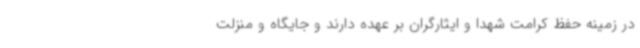
در زمینه حفظ کرامت شهدا و ایثارگران بر عهده دارند و جایگاه و منزلت